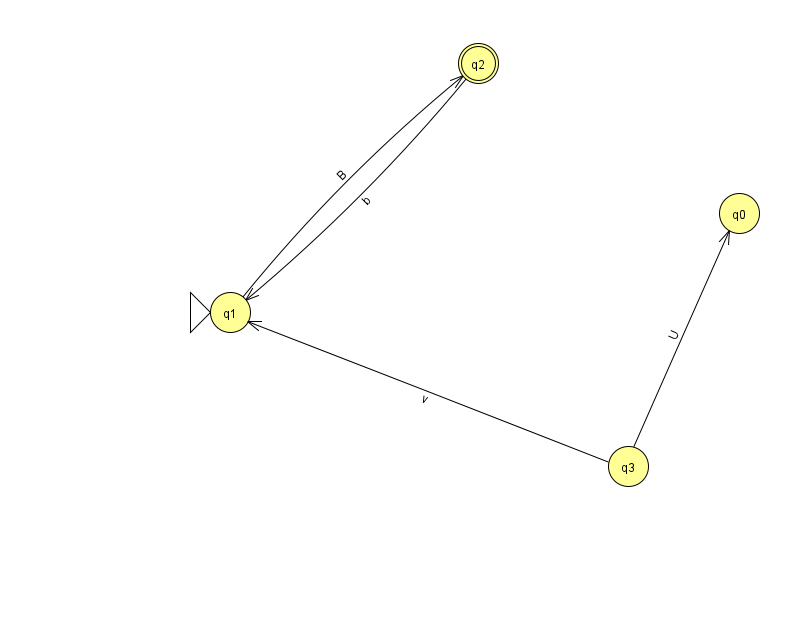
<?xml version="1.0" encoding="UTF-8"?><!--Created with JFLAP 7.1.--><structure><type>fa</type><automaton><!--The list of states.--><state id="0" name="q0"><x>739.0</x><y>200.0</y></state><state id="1" name="q1"><x>230.0</x><y>299.0</y><initial/></state><state id="2" name="q2"><x>478.0</x><y>50.0</y><final/></state><state id="3" name="q3"><x>628.0</x><y>453.0</y></state><!--The list of transitions.--><transition><from>1</from><to>2</to><read>B</read></transition><transition><from>2</from><to>1</to><read>b</read></transition><transition><from>3</from><to>1</to><read>v</read></transition><transition><from>3</from><to>0</to><read>U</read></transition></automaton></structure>